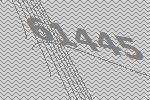
61445